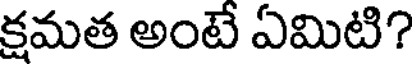
క్షమత అంటే ఏమిటి?